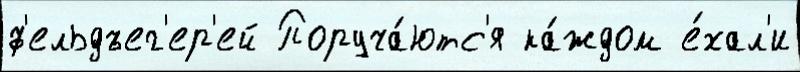
ф'ельдъег'ер'ей Поруча́ютс'я ка́ждом е́хал'и